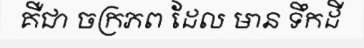
គឺជា ចក្រភព ដែល មាន ទឹកដី